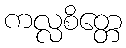
ကလ္လစိတ္တေ